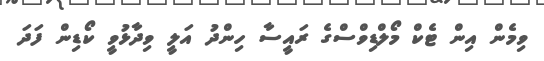
ވިމެން އިން ޓެކް މޯލްޑިވްސްގެ ރައީސާ ހިންދު އަލީ ވިދާޅުވީ ކޯޑިން ފަދަ